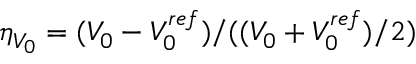
\eta _ { V _ { 0 } } = ( V _ { 0 } - V _ { 0 } ^ { r e f } ) / ( ( V _ { 0 } + V _ { 0 } ^ { r e f } ) / 2 )